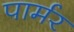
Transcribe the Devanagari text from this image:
पार्मर